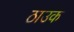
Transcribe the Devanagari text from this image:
ठाउक